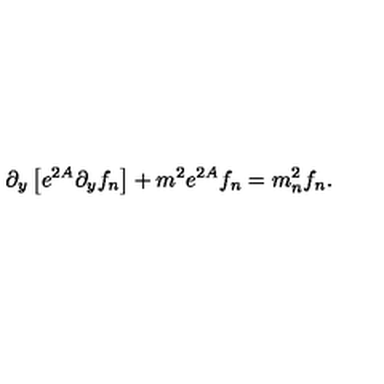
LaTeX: \partial _ { y } \left[ e ^ { 2 A } \partial _ { y } f _ { n } \right] + m ^ { 2 } e ^ { 2 A } f _ { n } = m _ { n } ^ { 2 } f _ { n } .